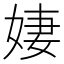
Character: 𪥼